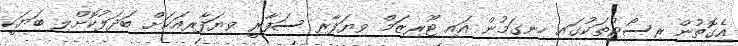
އެގޮތުން ރިސޯޓުތަކުގައި ހިނގަމުން އައި ޓޫރިޒަމް ވިޔަފާރި ސަފާރީ ވިޔަފާރިއަކަށް ބަދަލުކޮށްލި ބަޔަކީ